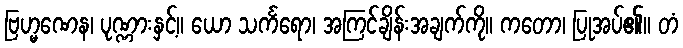
ဗြဟ္မဏေန၊ ပုဏ္ဏားနှင့်။ ယော သင်္ကရော၊ အကြင်ချိန်းအချက်ကို။ ကတော၊ ပြုအပ်၏။ တံ